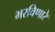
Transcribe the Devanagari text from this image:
भरविणारे